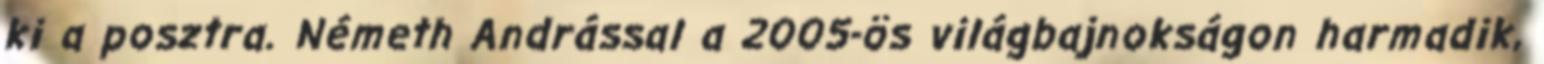
ki a posztra. Németh Andrással a 2005-ös világbajnokságon harmadik,